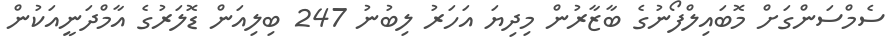
ސެމްސަންގަށް މޮބައިލްފޯނުގެ ބާޒާރުން މިދިޔަ އަހަރު ލިބުނު 247 ބިލިއަން ޑޮލަރުގެ އާމްދަނީއަކުން